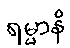
ရမ္မာနိ